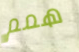
همم